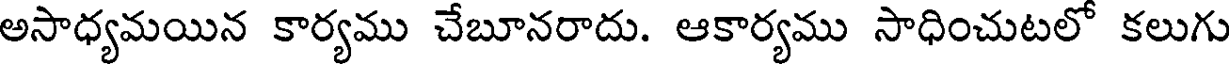
అసాధ్యమయిన కార్యము చేబూనరాదు. ఆకార్యము సాధించుటలో కలుగు